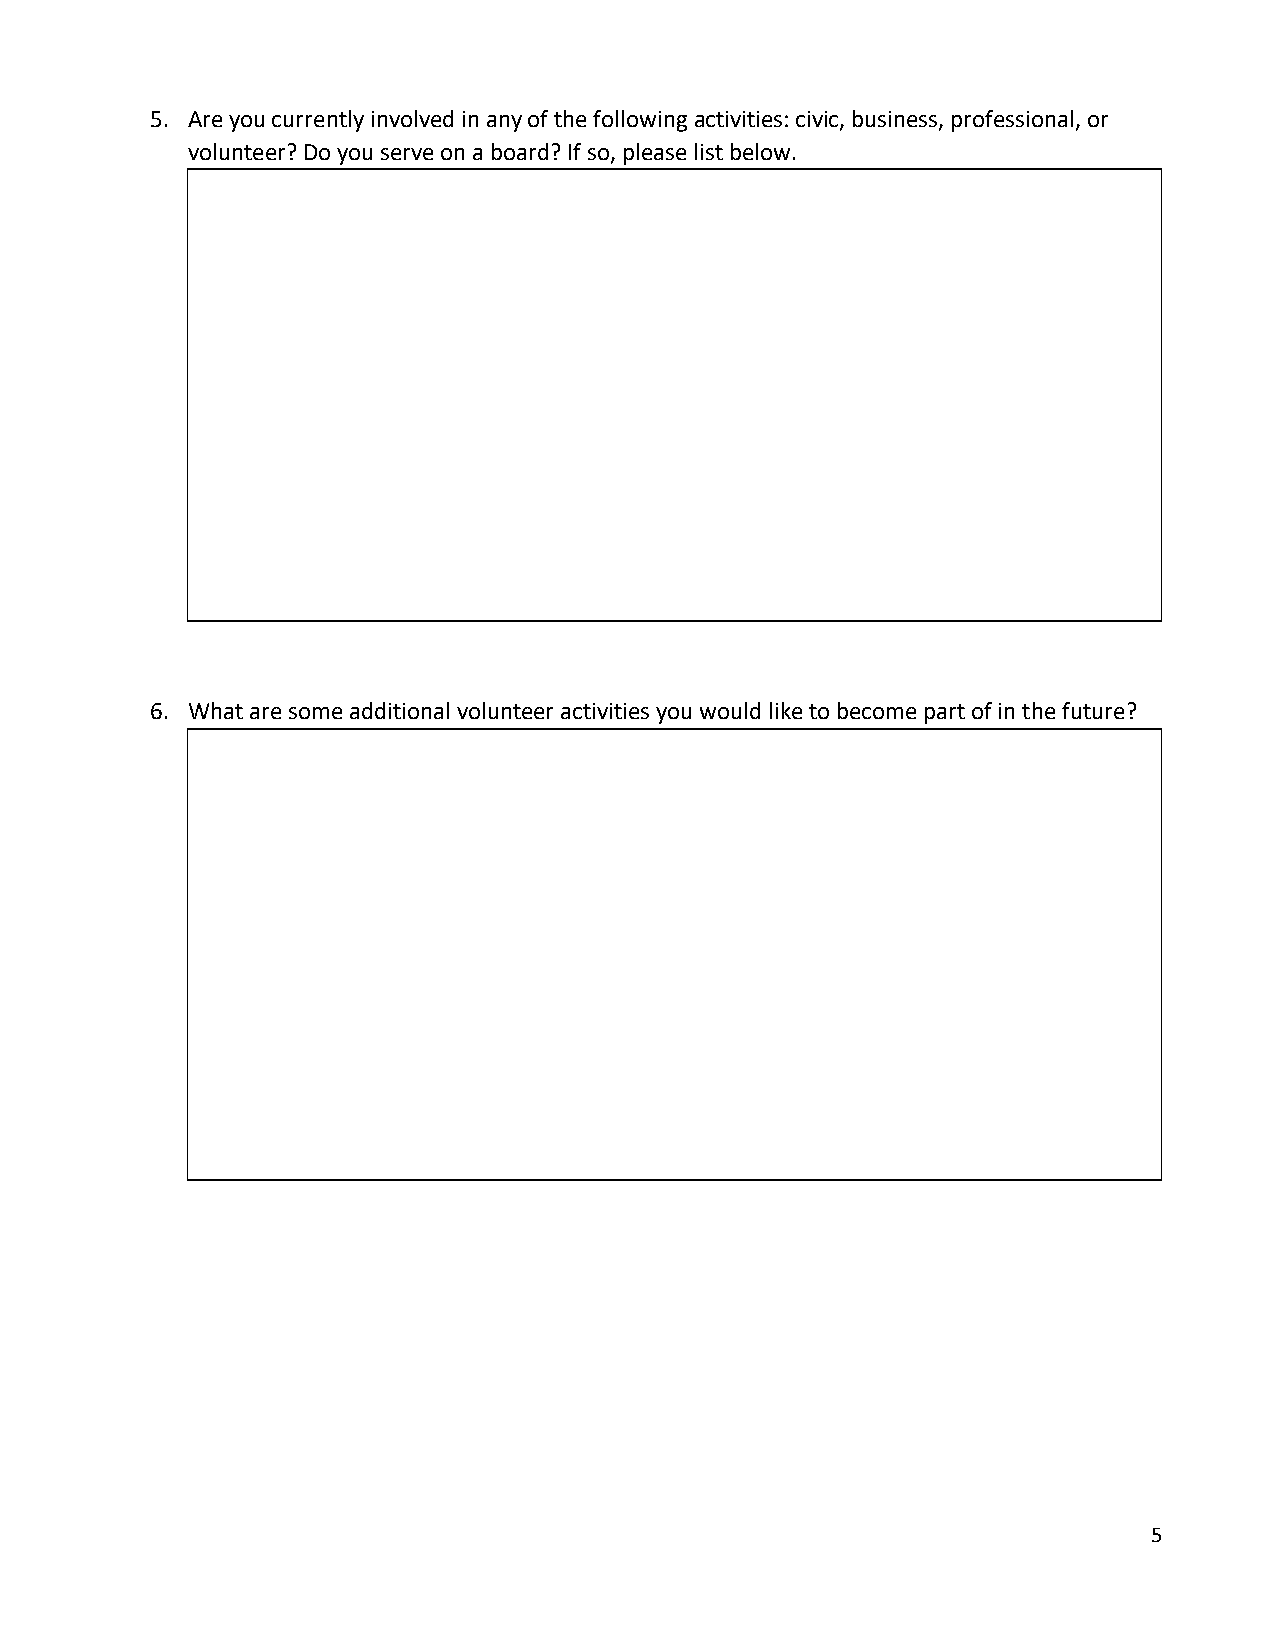
5. Are you currently involved in any of the following activities: civic, business, professional, or
 volunteer? Do you serve on a board? If so, please list below.
 6. What are some additional volunteer activities you would like to become part of in the future?
 5